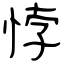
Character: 悖